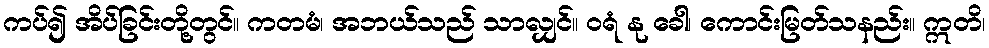
ကပ်၍ အိပ်ခြင်းတို့တွင်။ ကတမံ၊ အဘယ်သည် သာလျှင်။ ဝရံ နု ခေါ၊ ကောင်းမြတ်သနည်း။ ဣတိ၊